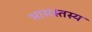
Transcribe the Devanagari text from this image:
भासस्तस्य